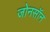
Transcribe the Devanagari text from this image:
जोनसॉन